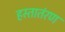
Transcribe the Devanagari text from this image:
हस्तातंरण